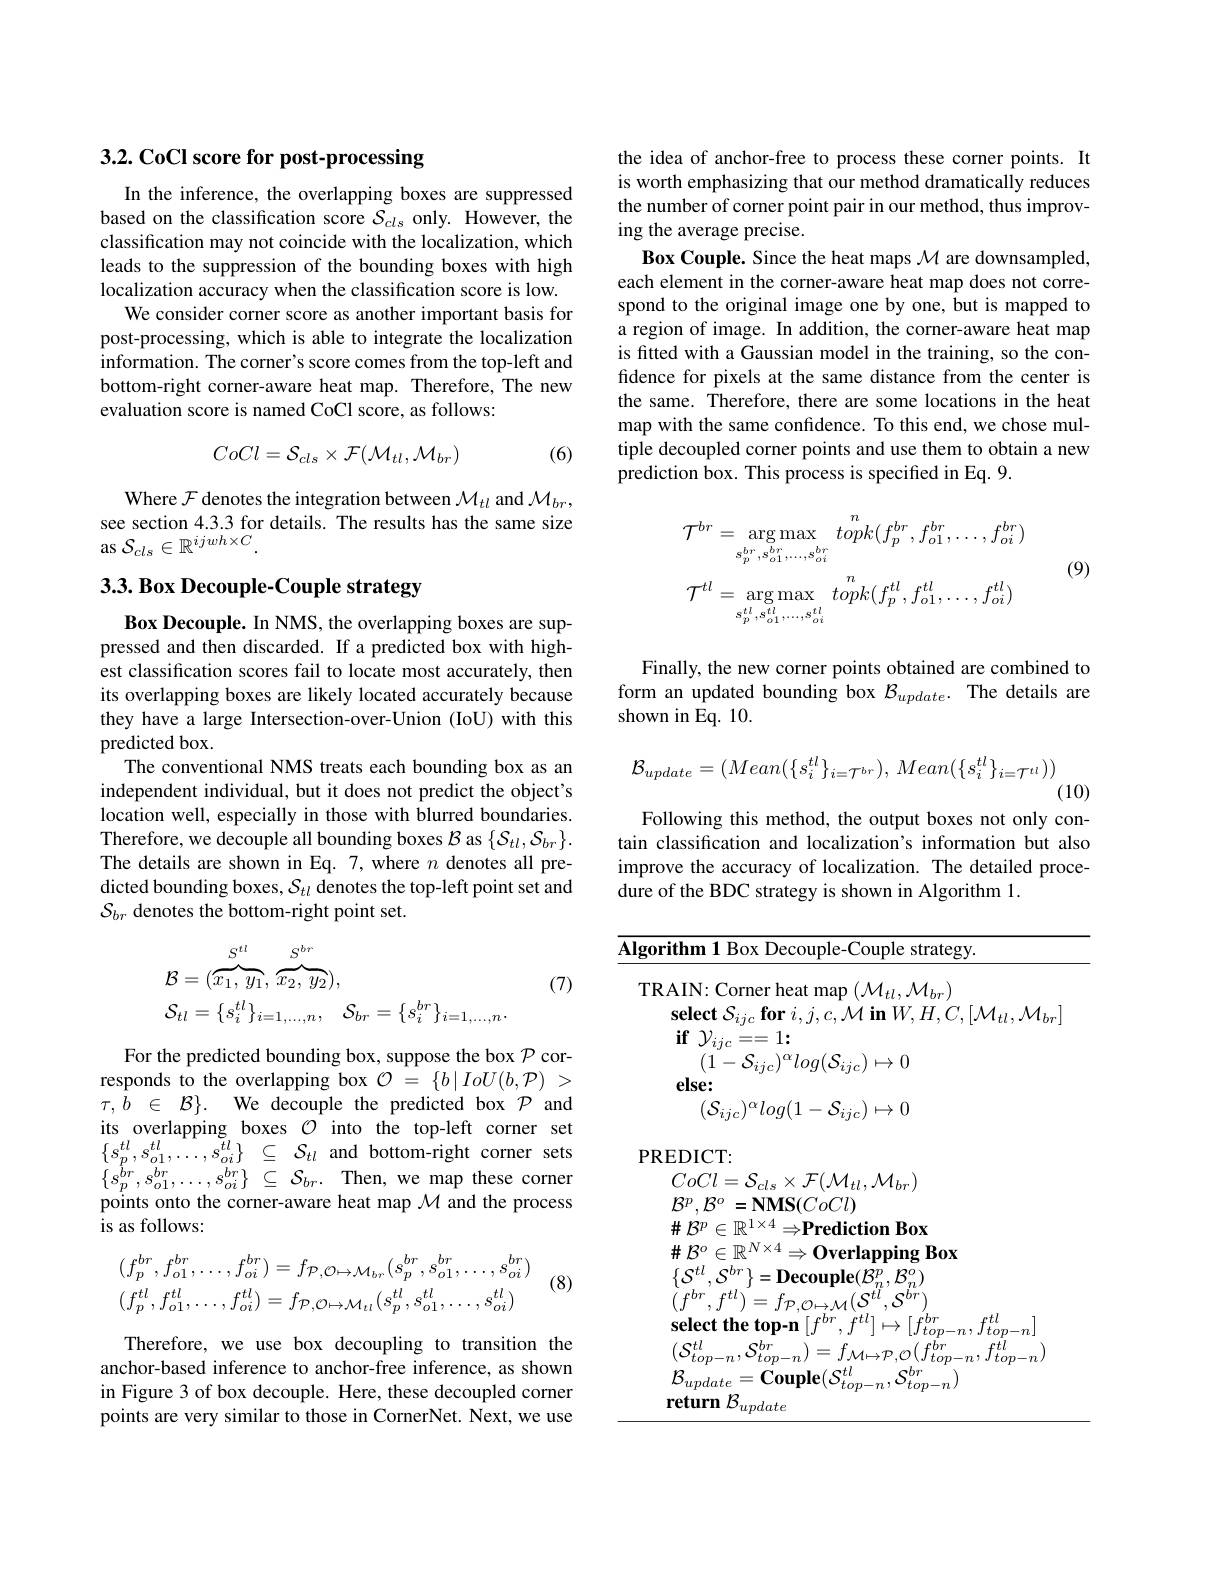
# 3.2. CoCl score for post-processing

In the inference, the overlapping boxes are suppressed based on the classification score $S_{cls}$ only. However, the classification may not coincide with the localization, which leads to the suppression of the bounding boxes with high localization accuracy when the classification score is low.
We consider corner score as another important basis for post-processing, which is able to integrate the localization information. The corner's score comes from the top-left and bottom-right corner-aware heat map. Therefore, The new evaluation score is named CoCl score, as follows:
$$CoCl=\mathcal{S}_{cls}\times\mathcal{F}(\mathcal{M}_{tl},\mathcal{M}_{br})$$
(6)

Where $\mathcal{F}$ denotes the integration between $\mathcal{M}_tl$ and $\mathcal{M}_br$, see section 4.3.3 for details. The results has the same size as $\mathcal{S}_{cls}\in\mathbb{R}^{ijwh\times C}.$

# 3.3. Box Decouple-Couple strategy

Box Decouple. In NMS, the overlapping boxes are suppressed and then discarded. If a predicted box with highest classification scores fail to locate most accurately, then its overlapping boxes are likely located accurately because they have a large Intersection-over-Union (IoU) with this predicted box.
The conventional NMS treats each bounding box as an independent individual, but it does not predict the object's location well, especially in those with blurred boundaries. Therefore, we decouple all bounding boxes $\mathcal{B}$ as $\{\mathcal{S}_tl,\mathcal{S}_{br}\}.$ The details are shown in Eq. 7, where $n$ denotes all predicted bounding boxes, $\mathcal{S}_tl$ denotes the top-left point set and $\mathcal{S}_{br}$ denotes the bottom-right point set.
$$\begin{aligned}&\mathcal{B}=(\overbrace{x_{1},\:y_{1}}^{S^{tl}},\overbrace{x_{2},\:y_{2}}^{S^{br}}),\\&\mathcal{S}_{tl}=\{s_{i}^{tl}\}_{i=1,\ldots,n},\quad\mathcal{S}_{br}=\{s_{i}^{br}\}_{i=1,\ldots,n}.\end{aligned}$$
(7)

For the predicted bounding box, suppose the box $\mathcal{P}$ corresponds to the overlapping box $\mathcal{O}=\{b\mid IoU(b,\mathcal{P})~>$ $\tau , \hat{b}$ $\in {\mathcal{B} }\} .$ We decouple the predicted box $\mathcal{P}$ and its overlapping boxes $\mathcal{O}$ into the top-left corner set $\begin{array}{rcl}{\{s_{p}^{tl},s_{o1}^{tl},\ldots,s_{oi}^{tl}\}}&{\subseteq}&{\mathcal{S}_{tl}}&{\mathrm{and}}&{\mathrm{bottom-right~corner~sets}}\\{\{s_{p}^{tl},s_{o1}^{tl},\ldots,s_{oi}^{tl}\}}&{\subseteq}&{\mathcal{S}_{tl}}&{\mathrm{and}}&{\mathrm{bottom-right~corner~sets}}\\{(s_{br}^{tl},s_{o1}^{tl},\ldots,s_{oi}^{tl}\}}&{\subseteq}&{\mathcal{S}_{tl}}&{}\end{array}$ $\{ s_{p}^{br}, s_{o1}^{br}, \ldots , s_{oi}^{br}\}$ $\subseteq$ $\mathcal{S} _{br}.$Then, we map these corner points onto the corner-aware heat map $\mathcal{M}$ and the process is as follows:
$$(f_{p}^{br},f_{o1}^{br},\ldots,f_{oi}^{br})=f_{\mathcal{P},\mathcal{O}\mapsto\mathcal{M}_{br}}(s_{p}^{br},s_{o1}^{br},\ldots,s_{oi}^{br})\\(f_{p}^{tl},f_{o1}^{tl},\ldots,f_{oi}^{tl})=f_{\mathcal{P},\mathcal{O}\mapsto\mathcal{M}_{tl}}(s_{p}^{tl},s_{o1}^{tl},\ldots,s_{oi}^{tl})$$
(8)

Therefore, we use box decoupling to transition the anchor-based inference to anchor-free inference, as shown in Figure 3 of box decouple. Here, these decoupled corner points are very similar to those in CornerNet. Next, we use

the idea of anchor-free to process these corner points. It is worth emphasizing that our method dramatically reduces the number of corner point pair in our method, thus improving the average precise.
Box Couple. Since the heat maps $\mathcal{M}$ are downsampled, each element in the corner-aware heat map does not correspond to the original image one by one, but is mapped to a region of image. In addition, the corner-aware heat map is fitted with a Gaussian model in the training, so the confidence for pixels at the same distance from the center is the same. Therefore, there are some locations in the heat map with the same confidence. To this end, we chose multiple decoupled corner points and use them to obtain a new prediction box. This process is specified in Eq. 9.
$$\mathcal{T}^{br}=\arg\max_{s_{p}^{br},s_{o1}^{br},\ldots,s_{oi}^{br}}topk(f_{p}^{br},f_{o1}^{br},\ldots,f_{oi}^{br})\\\mathcal{T}^{tl}=\arg\max_{s_{p}^{tl},s_{o1}^{tl},\ldots,s_{oi}^{tl}}topk(f_{p}^{tl},f_{o1}^{tl},\ldots,f_{oi}^{tl})$$
(9)

Finally, the new corner points obtained are combined to form an updated bounding box $\mathcal{B}_{update}.$ The details are shown in Eq. 10.
$$\mathcal{B}_{update}=(Mean(\{s_{i}^{tl}\}_{i=\mathcal{T}^{br}}),\:Mean(\{s_{i}^{tl}\}_{i=\mathcal{T}^{tl}}))$$
(10)

Following this method, the output boxes not only con-

tain classification and localization's information but also improve the accuracy of localization. The detailed procedure of the BDC strategy is shown in Algorithm 1.

<table>
	<tbody>
		<tr>
			<td>TI</td>
			<td>${\mathrm{IN:Corner~heat~map}}\left({\mathcal{M}}_{tl},{\mathcal{M}}_{br}\right)$ $\textbf{select }\mathcal{S} _{ijc}\textbf{ for }i, j, c, \mathcal{M} \textbf{in }W, H, C, [ \mathcal{M} _{tl}, \mathcal{M} _{br}$</td>
		</tr>
		<tr>
			<td> </td>
			<td>$\mathbf{else}$ $(\mathcal{S}_{ijc})^{\alpha}log(1-\mathcal{S}_{ijc})\mapsto0$</td>
		</tr>
		<tr>
			<td>$P.$</td>
			<td>DICT: </td>
		</tr>
		<tr>
			<td> </td>
			<td>$update^{-1}$ $0\mathbf{uple}(\boldsymbol{c})$ efurn $R$ $\textit{pdate}$</td>
		</tr>
	</tbody>
</table>